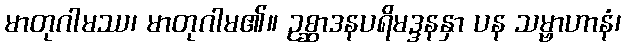
မာတုဂါမဿ၊ မာတုဂါမ၏။ ဥစ္ဆာဒနပရိမဒ္ဒနနှာ ပန သမ္ဗာဟာနံ၊